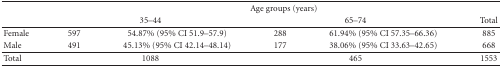
<table><thead><tr><td><b> </b></td><td colspan="5"><b>Age groups (years)</b></td></tr><tr><td><b> </b></td><td colspan="2"><b>35–44</b></td><td colspan="2"><b>65–74</b></td><td><b>Total</b></td></tr></thead><tbody><tr><td>Female</td><td>597</td><td>54.87% (95% CI 51.9–57.9)</td><td>288</td><td>61.94% (95% CI 57.35–66.36)</td><td>885</td></tr><tr><td>Male</td><td>491</td><td>45.13% (95% CI 42.14–48.14)</td><td>177</td><td>38.06% (95% CI 33.63–42.65)</td><td>668</td></tr><tr><td>Total</td><td colspan="2">1088</td><td colspan="2">465</td><td>1553</td></tr></tbody></table>